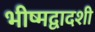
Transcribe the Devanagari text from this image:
भीष्मद्वादशी